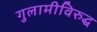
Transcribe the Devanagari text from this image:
गुलामीविरुद्ध